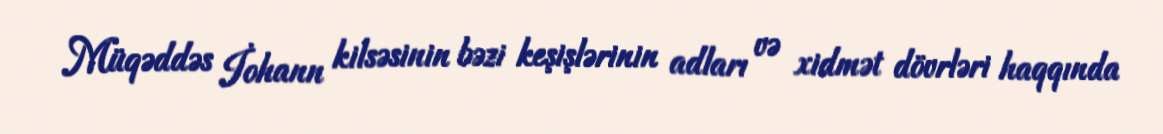
Müqəddəs İohann kilsəsinin bəzi keşişlərinin adları və xidmət dövrləri haqqında